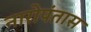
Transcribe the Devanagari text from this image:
नारोपंतास